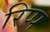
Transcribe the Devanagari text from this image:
रिप्प